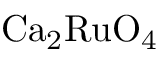
\mathrm { C a _ { 2 } R u O _ { 4 } }